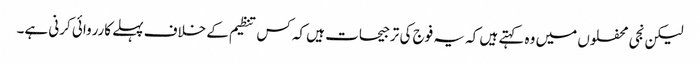
لیکن نجی محفلوں میں وہ کہتے ہیں کہ یہ فوج کی ترجیحات ہیں کہ کس تنظیم کے خلاف پہلے کارروائی کرنی ہے۔